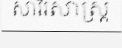
សារីរសាស្ត្រ